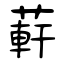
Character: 蓒